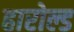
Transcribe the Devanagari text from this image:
हारोल्ड